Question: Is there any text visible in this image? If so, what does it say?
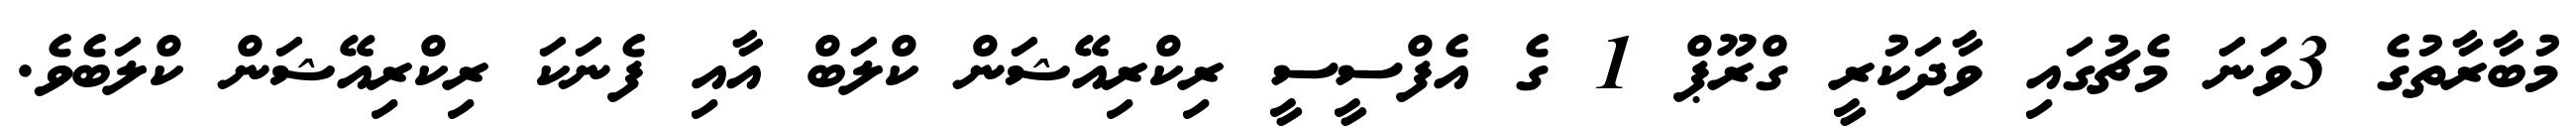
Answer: މުބާރާތުގެ 3ވަނަ މެޗުގައި ވާދަކުރީ ގްރޫޕް 1 ގެ އެފްސީސީ ރިކްރިއޭޝަން ކްލަބް އާއި ފެނަކަ ރިކްރިއޭޝަން ކްލަބެވެ.